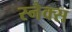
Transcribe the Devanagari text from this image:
स्‍नैक्स